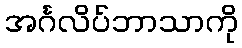
အင်္ဂလိပ်ဘာသာကို